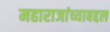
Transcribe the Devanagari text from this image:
महाराजांच्याबद्दल